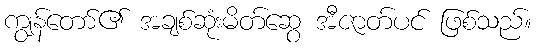
ကျွန်တော်၏ အချစ်ဆုံးမိတ်ဆွေ အီဇာတ်ပင် ဖြစ်သည်။